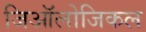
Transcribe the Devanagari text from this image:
जिऑलोजिकल